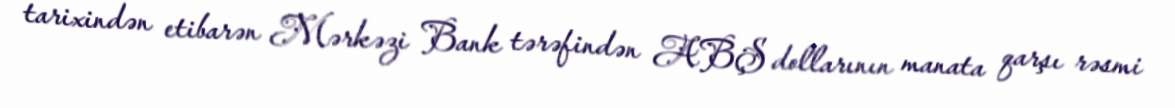
tarixindən etibarən Mərkəzi Bank tərəfindən ABŞ dollarının manata qarşı rəsmi